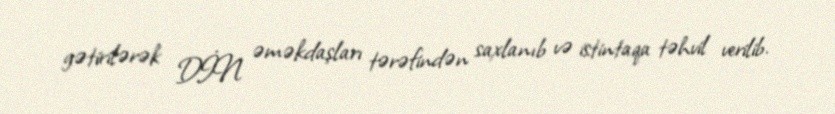
gətirilərək DİN əməkdaşları tərəfindən saxlanıb və istintaqa təhvil verilib.